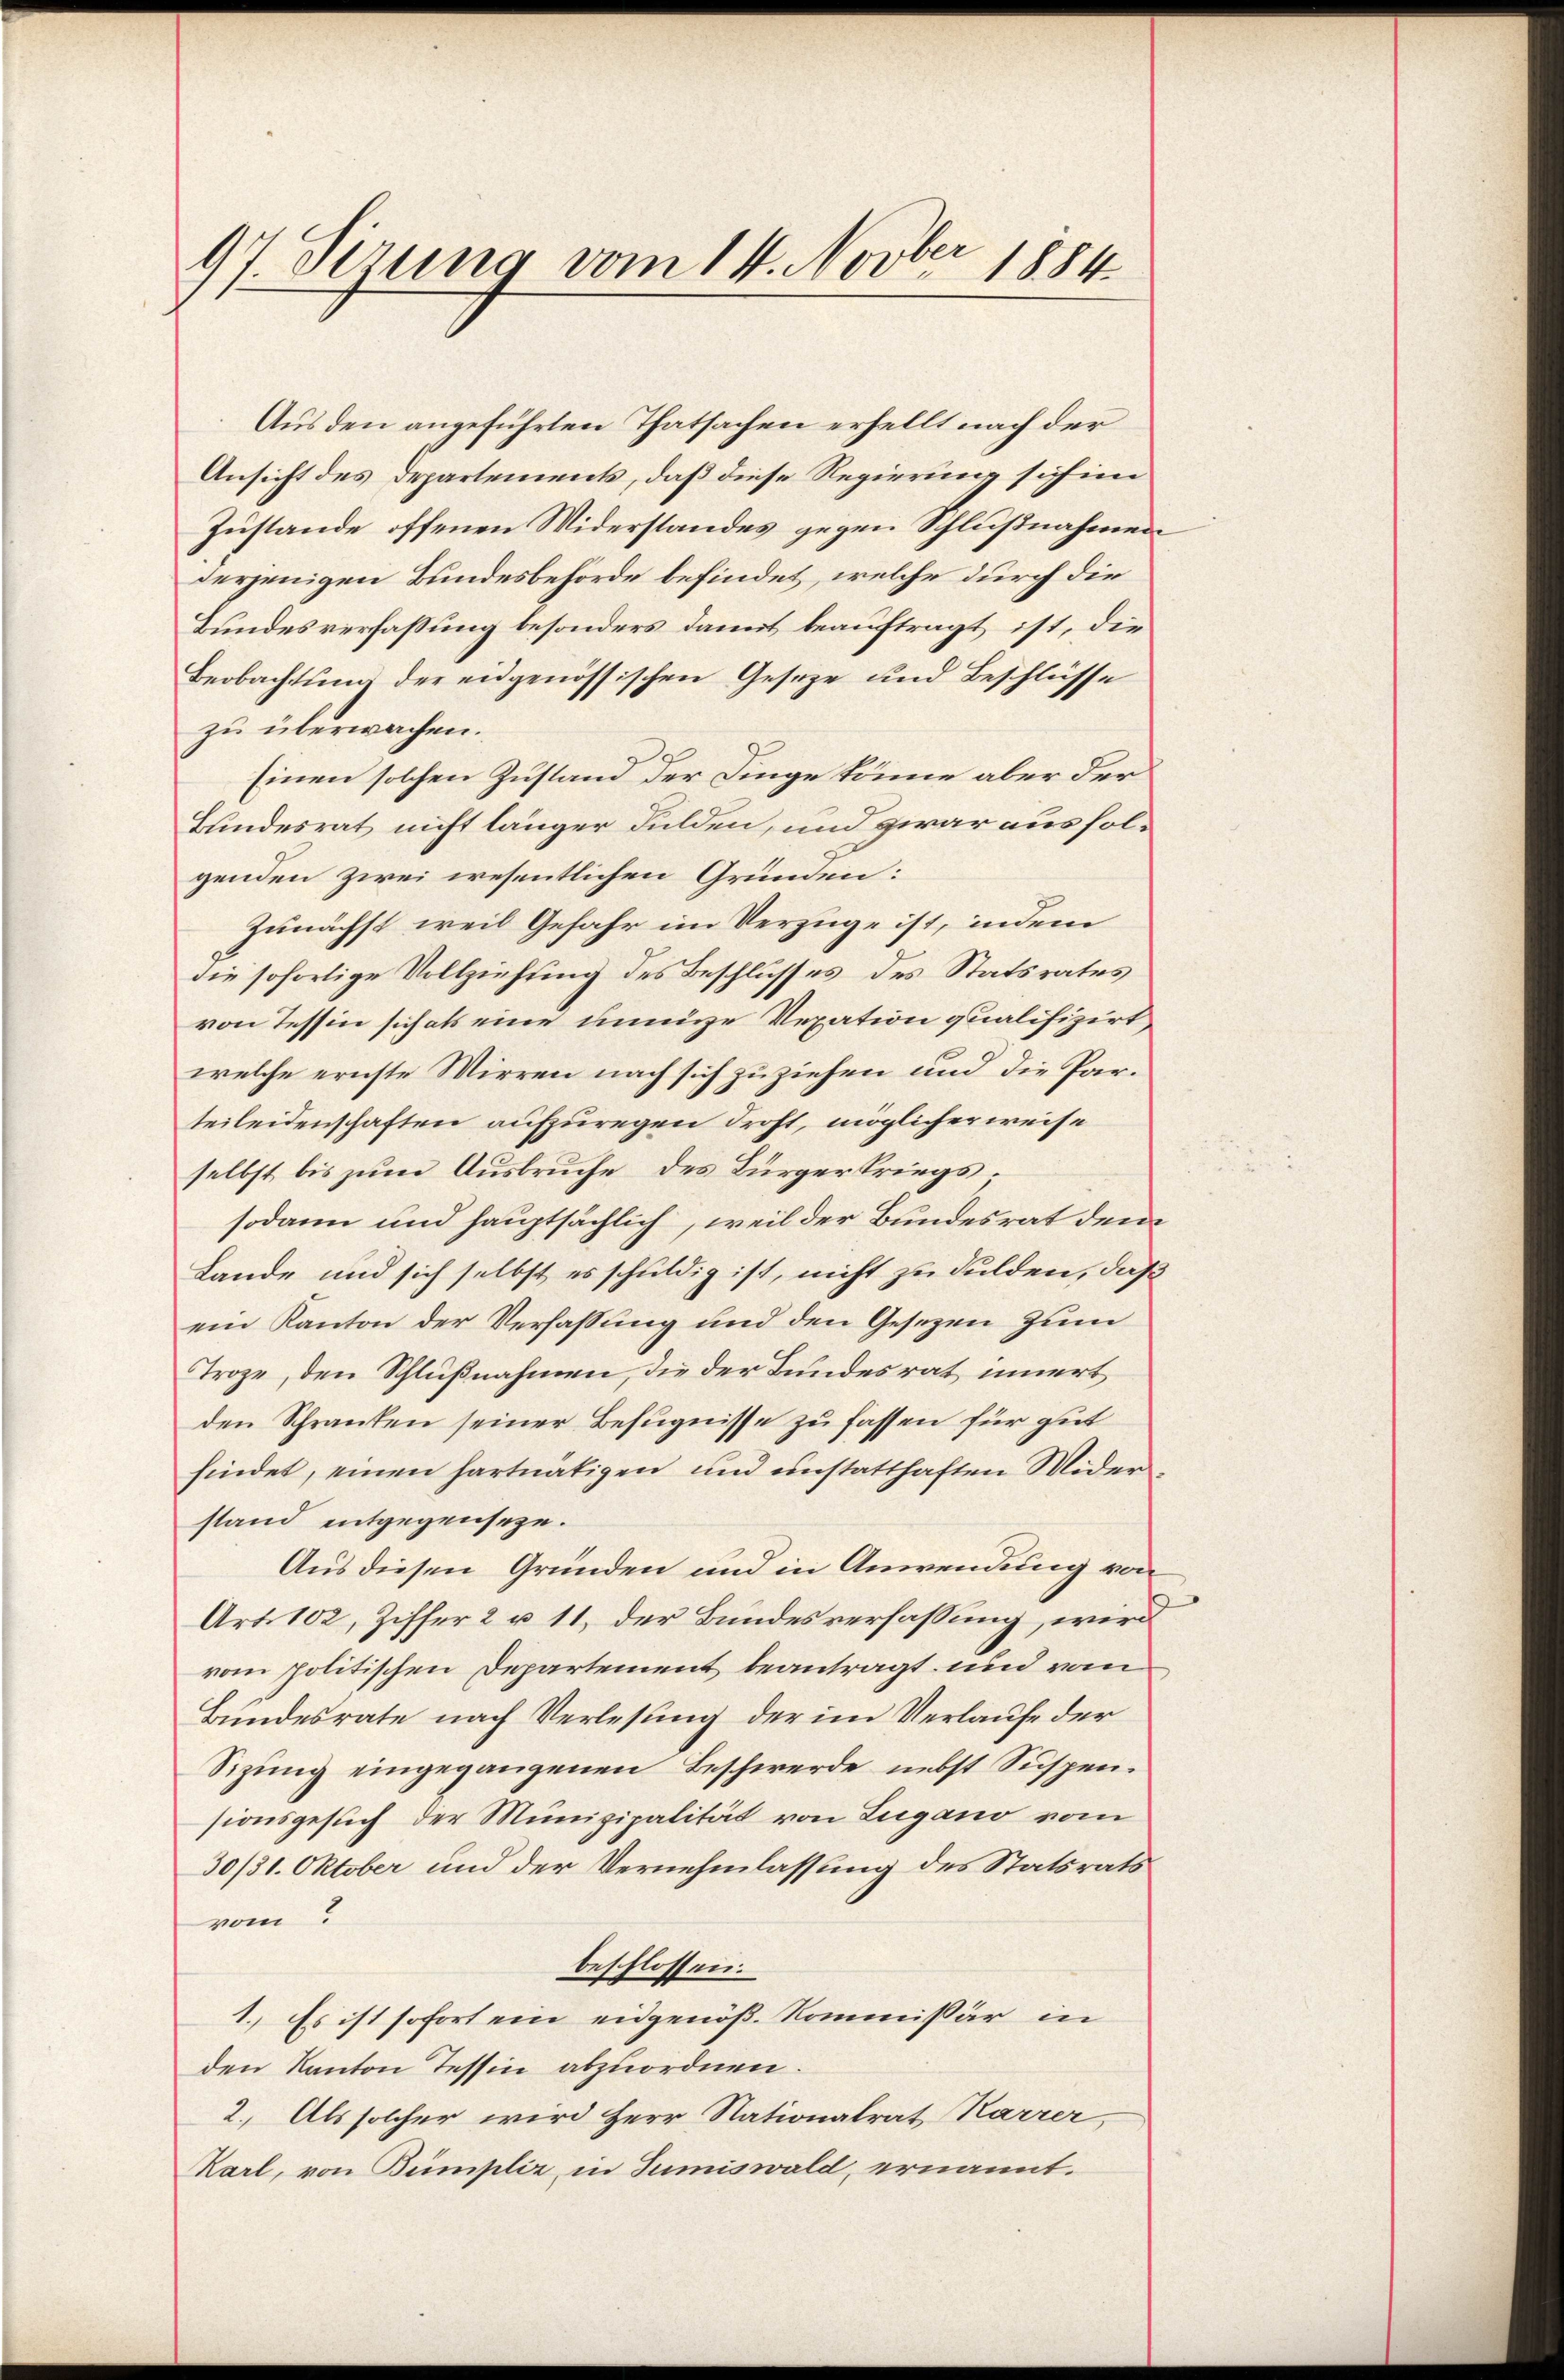
97 Sizung vom 14. Novber 1884

Aus den angeführten Thatsachen erhellt nach der
Ansicht des Departements, daß diese Regierung sich in
Zustande offenen Widerstandes gegen Schlußnahmen
derjenigen Bundesbehörde befindet, welche durch die
Bundesverfassung besonders damit beauftragt ist, die
Beobachtung der engenössischen Geseze und Beschlüsse
zu überwachen.
Einen solchen Zustand der Finge könne aber der
Bundesrat nicht länger Fulden, und zwar aus solgenden zwei wesentlichen Gründen:
Zunächst weil Gefahr im Verzüge ist, indem
die sofortige Vollziehung des Beschlusses des Statsrates
von Tessin sich als eine innige Vexation qualifizirt,
welche ernste Wirren nach sich zuziehen und die Parteileidenschaften aufzuregen droht, möglicher weise
selbst bis zum Ausbruche des Bürgerkriegssodann und hauptsächlich, weil der Bundesrat dem
Lande und sich selbst es schuldig ist, nicht zu dulden, daß
ein Kanton der Verfassung und den Gesetzen zum
Troge, den Schlußnahmen, die der Bundesrat innert
den Schranken seiner Befugnisse zu fassen für gut
findet, einen hartnätigen und unstatthaften Wider
stand entgegenseze.
Aus diesen Gründen und in Anwendung von
Art. 102, Ziffer 2 u 11. der Bundesverfassung, wird
vom politischen Departement beantragt, und vom
Bundesrate nach Verlesung der im Verlaufe der
Sizung eingegangenen Beschwerde nebst Suspensionsgesuch der Munizipalität von Lugano vom
30/31. Oktober und der Vernehmlassung des Statsrats
vom
beschlossen.
1. Es ist sofort ein eidgenöß. Kommissär in
den Kanton Tessin abzuordnen.
2. Als solcher wird Herr Nationalrat Karrer,
Karl, von Bumpliz, in Sumiswald, ernannt.